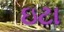
ઇટા